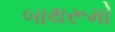
બાથરૂમો